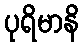
ပုရိမာနိ